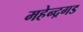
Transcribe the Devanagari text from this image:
महेन्द्रगड